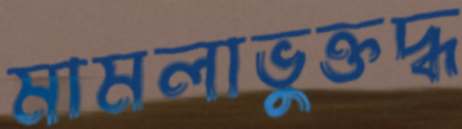
মামলাভুক্তদ্ধ